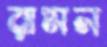
রামন